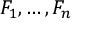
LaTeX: F _ { 1 } , \ldots , F _ { n }